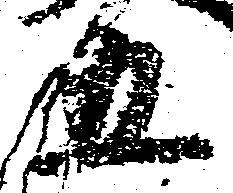
五